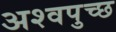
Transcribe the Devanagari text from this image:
अश्वपुच्छ